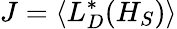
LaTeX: J=\langle L_{D}^{*}(H_{S})\rangle